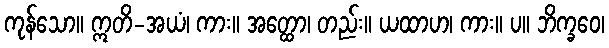
ကုန်သော။ ဣတိ-အယံ၊ ကား။ အတ္ထော၊ တည်း။ ယထာဟ၊ ကား။ ပ။ ဘိက္ခဝေ၊